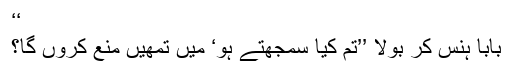
‘‘
بابا ہنس کر بولا ’’تم کیا سمجھتے ہو‘ میں تمھیں منع کروں گا؟